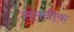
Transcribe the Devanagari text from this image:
सप्तनीक